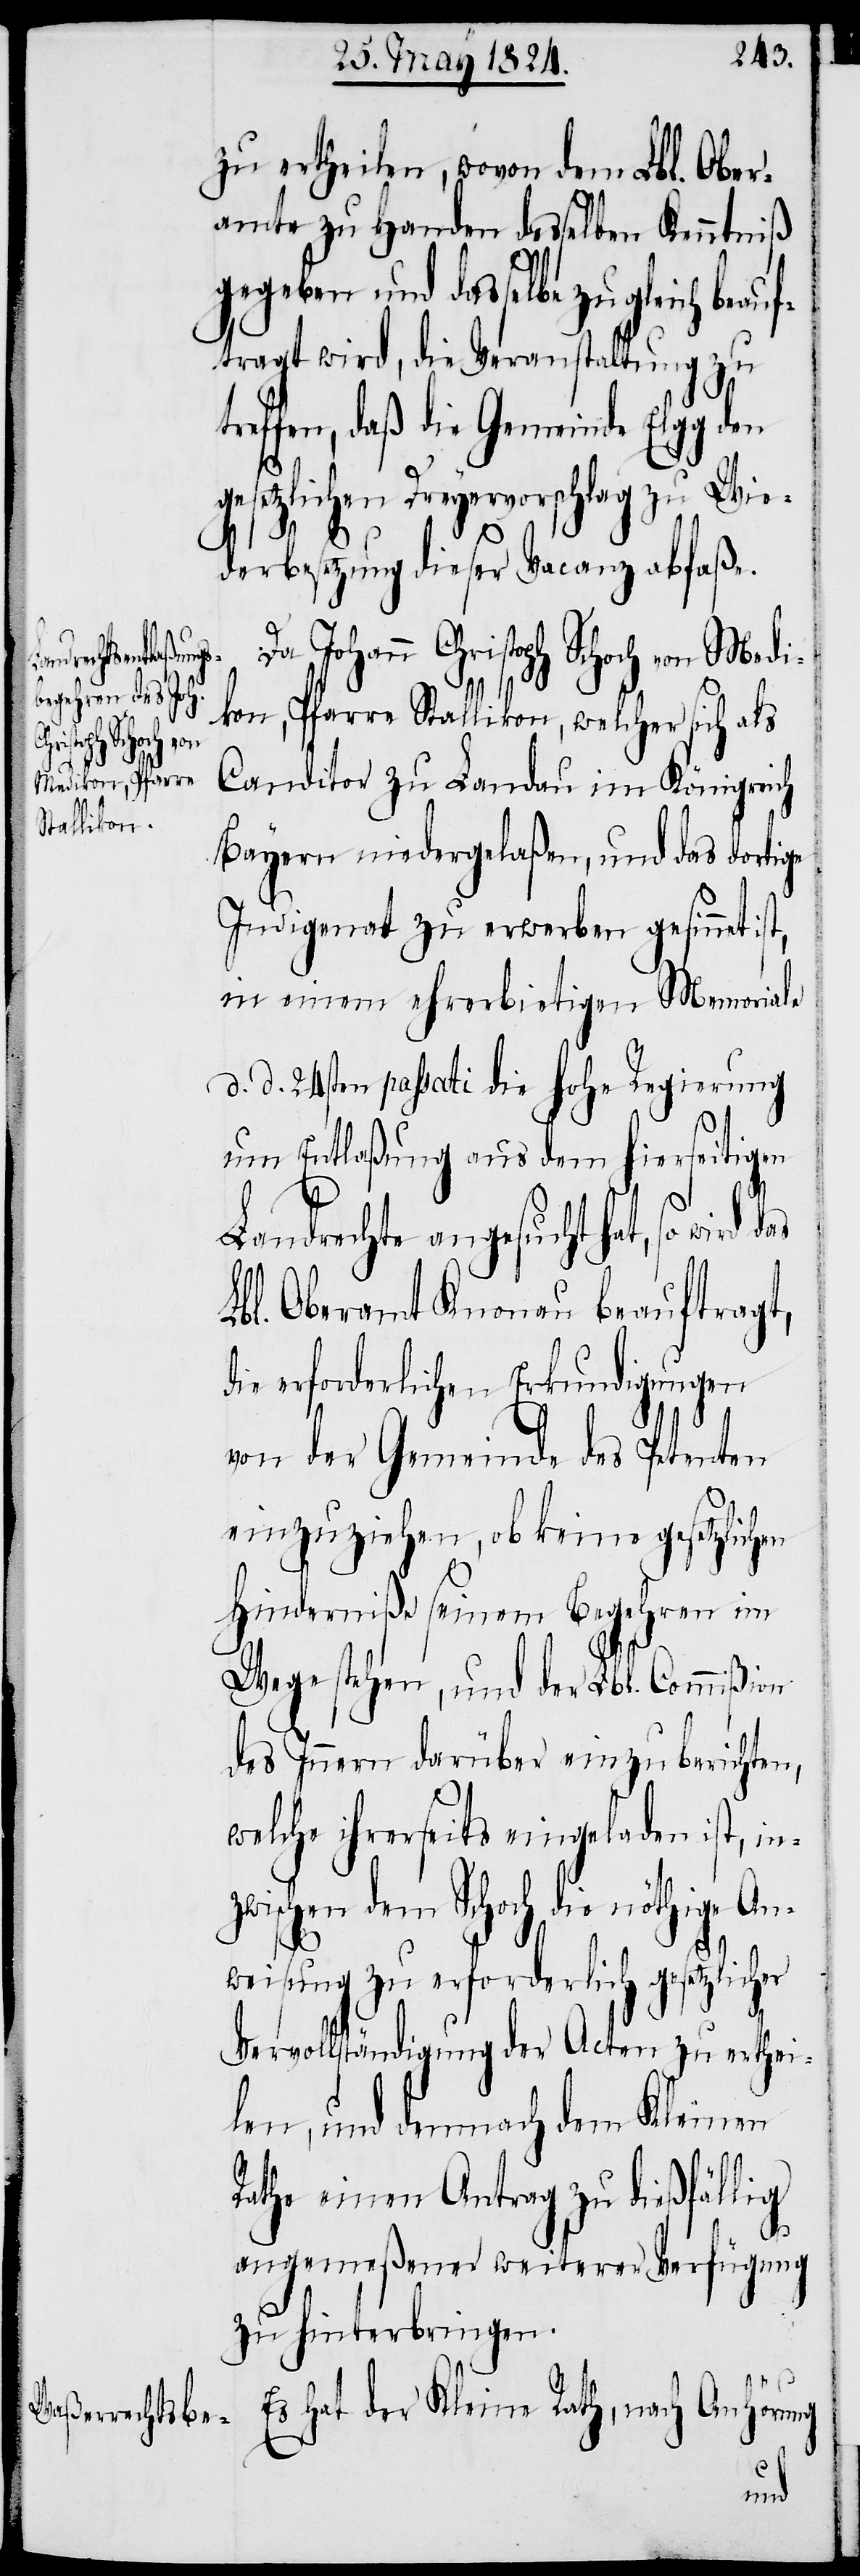
zu ertheilen, wovon dem Lbl. Ober¬
amte zu Handen desselben Kenntniß
gegeben und dasselbe zugleich beauf¬
tragt wird, die Veranstaltung zu
treffen, daß die Gemeinde Elgg den
gesetzlichen Dreyervorschlag zu Wie¬
derbesetzung dieser Vacanz abfaße.
Christoph Schoch von Medi¬
kon, Pfarre Stallikon, welcher sich als
Canditor zu Landau im Königreich
Bayern niedergelaßen, und das dortige
Indigenat zu erwerben gesinnt ist,
in einem ehrerbietigen Memoriale
d. d. 24sten passati die hohe Regierung
um Entlaßung aus dem hierseitigen
Landrechte angesucht hat, so
Lbl. Oberamt Knonau beauftragt,
die erforderlichen Erkundigungen
von der Gemeinde des Petenten
einzuziehen, ob keine gesetzlichen
Hinderniße seinem Begehren im
Wege stehen, und der Lbl. Commißion
des Innern darüber einzuberichten,
welche ihrerseits eingeladen ist, inz¬
wischen dem Schoch die nöthige An¬
weisung zu erforderlich gesetzlicher
Vervollständigung der Acten zu erthei¬
len, und demnach dem Kleinen
Rathe einem Antrag zu dießfällig
angemeßener weiterer Verfügung
zu hinterbringen.
Es hat der Kleine Rath, nach
Anhörung